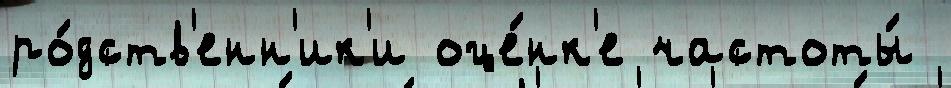
ро́дств'енн'ик'и оце́нк'е частоты́